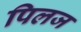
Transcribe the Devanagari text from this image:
पिलज